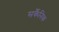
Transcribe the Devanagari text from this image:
सर्कैनिक